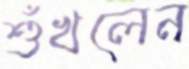
শুঁখলেন